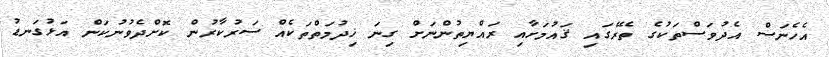
އެހެނަސް އެދުވަސްތަކުގެ ތެރޭގައި ޤައުމަށާއި ރައްޔިތުންނަށް ގިނަ ޚިދުމަތްތަކެއް ސަރުކާރުން ކޮށްދެވުނުކަން އަޅުގަނޑު